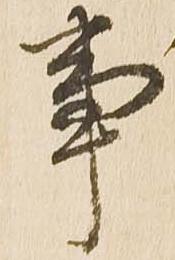
事